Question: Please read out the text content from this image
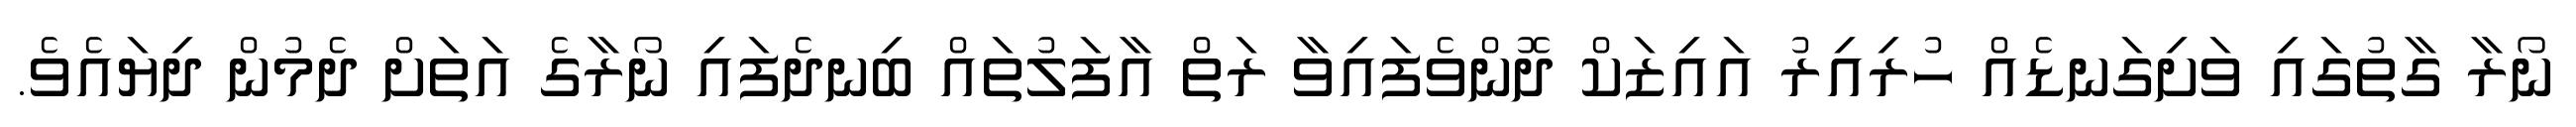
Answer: ނޯރާ ގާތުގައި ވަށިގަނޑެއް ހުރިއިރު އައިޒަކް ދޮންވެފައިވާ ރަތް އާފަލުތައް ބިނދެފައި ނޯރާގެ އަތަށް ދެމުން ދިޔައެވެ.